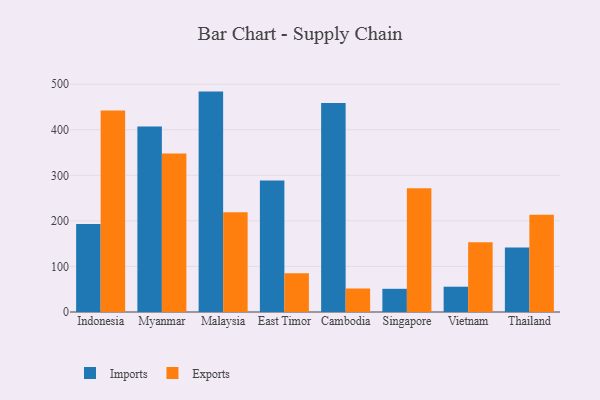
{"axis": {"x": "Country", "y": "Revenue (USD Million)"}, "legend": ["Exports", "Imports"], "data": [{"x": "Indonesia", "y": 193.0, "type": "Imports"}, {"x": "Indonesia", "y": 442.0, "type": "Exports"}, {"x": "Myanmar", "y": 407.0, "type": "Imports"}, {"x": "Myanmar", "y": 347.8, "type": "Exports"}, {"x": "Malaysia", "y": 483.7, "type": "Imports"}, {"x": "Malaysia", "y": 219.0, "type": "Exports"}, {"x": "East Timor", "y": 288.7, "type": "Imports"}, {"x": "East Timor", "y": 85.3, "type": "Exports"}, {"x": "Cambodia", "y": 458.9, "type": "Imports"}, {"x": "Cambodia", "y": 51.6, "type": "Exports"}, {"x": "Singapore", "y": 50.9, "type": "Imports"}, {"x": "Singapore", "y": 271.7, "type": "Exports"}, {"x": "Vietnam", "y": 55.5, "type": "Imports"}, {"x": "Vietnam", "y": 153.1, "type": "Exports"}, {"x": "Thailand", "y": 141.3, "type": "Imports"}, {"x": "Thailand", "y": 213.2, "type": "Exports"}]}